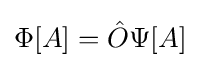
\Phi [A]={\hat {O}}\Psi [A]